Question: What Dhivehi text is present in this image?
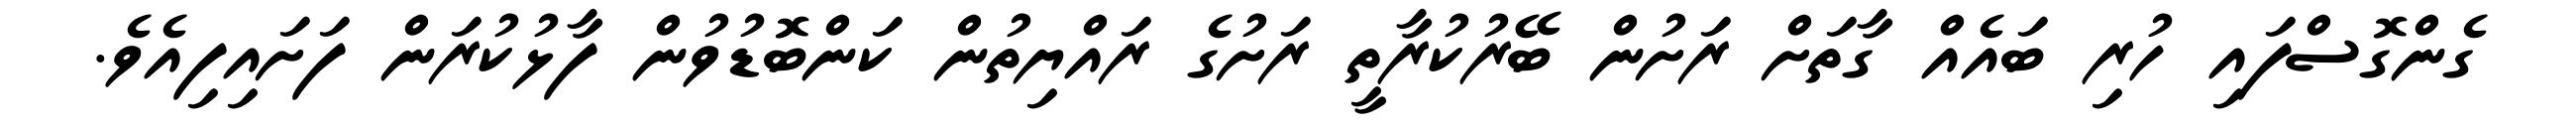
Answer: ގެންގޮސްފައި ހުރި ބައެއް ގާތަށް ރަށުން ބޭރުކުރާތީ ރަށުގެ ރައްޔިތުން ކަންބޮޑުވުން ފާޅުކުރަން ފަށައިފިއެވެ.